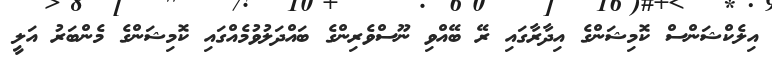
އިލެކްޝަންސް ކޮމިޝަންގެ އިދާރާގައި ރޭ ބޭއްވި ނޫސްވެރިންގެ ބައްދަލުވުމެއްގައި ކޮމިޝަންގެ މެންބަރު އަލީ